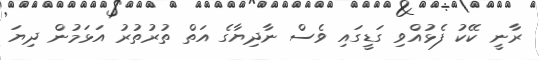
ރާނީ ކޭކު ފެޅުއްވި ގަޑީގައި ވެސް ނާދިޔާގެ އަތް ތުރުތުރު އަޅަމުން ދިޔަ